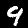
Label: 9